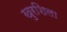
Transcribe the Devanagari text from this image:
खुरशिला